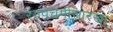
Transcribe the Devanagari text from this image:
रंगपंचमीसारखा